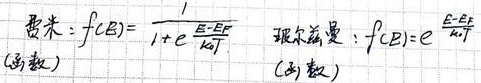
费米：\(f(\varepsilon)=\frac{1}{1 + e^{\frac{\varepsilon - E_F}{kT}}}\)（函数） 玻尔兹曼：\(f(\varepsilon)=e^{-\frac{\varepsilon - E_F}{kT}}\)（函数）